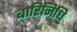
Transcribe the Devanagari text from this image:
बारिनिधि